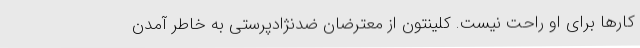
کارها برای او راحت نیست. کلینتون از معترضان ضدنژادپرستی به خاطر آمدن